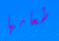
طعامها